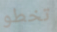
تخطو